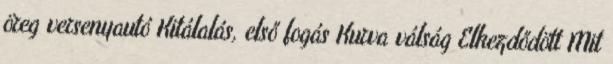
öreg versenyautó Kitálalás, első fogás Kurva válság Elkezdődött Mit